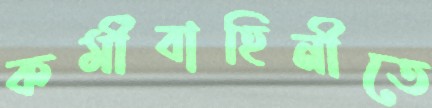
কর্মীবাহিনীতে